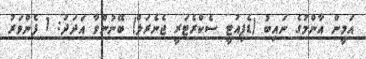
އަމީން އާންމުގެ ނައިބު (ޑެޕިއުޓީ ސެކްރެޓަރީ ޖެނެރަލް) ބޭނުންވާ އަދަދު: 1 ފެންވަރު